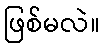
ဖြစ်မလဲ။